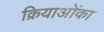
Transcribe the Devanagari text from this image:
क्रियाओंका